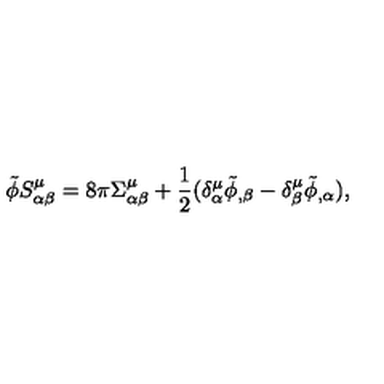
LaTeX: \tilde { \phi } S _ { \alpha \beta } ^ { \mu } = 8 \pi \Sigma _ { \alpha \beta } ^ { \mu } + \frac { 1 } { 2 } ( \delta _ { \alpha } ^ { \mu } \tilde { \phi } _ { , \beta } - \delta _ { \beta } ^ { \mu } \tilde { \phi } _ { , \alpha } ) ,